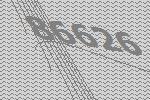
86626